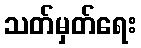
သတ်မှတ်ရေး